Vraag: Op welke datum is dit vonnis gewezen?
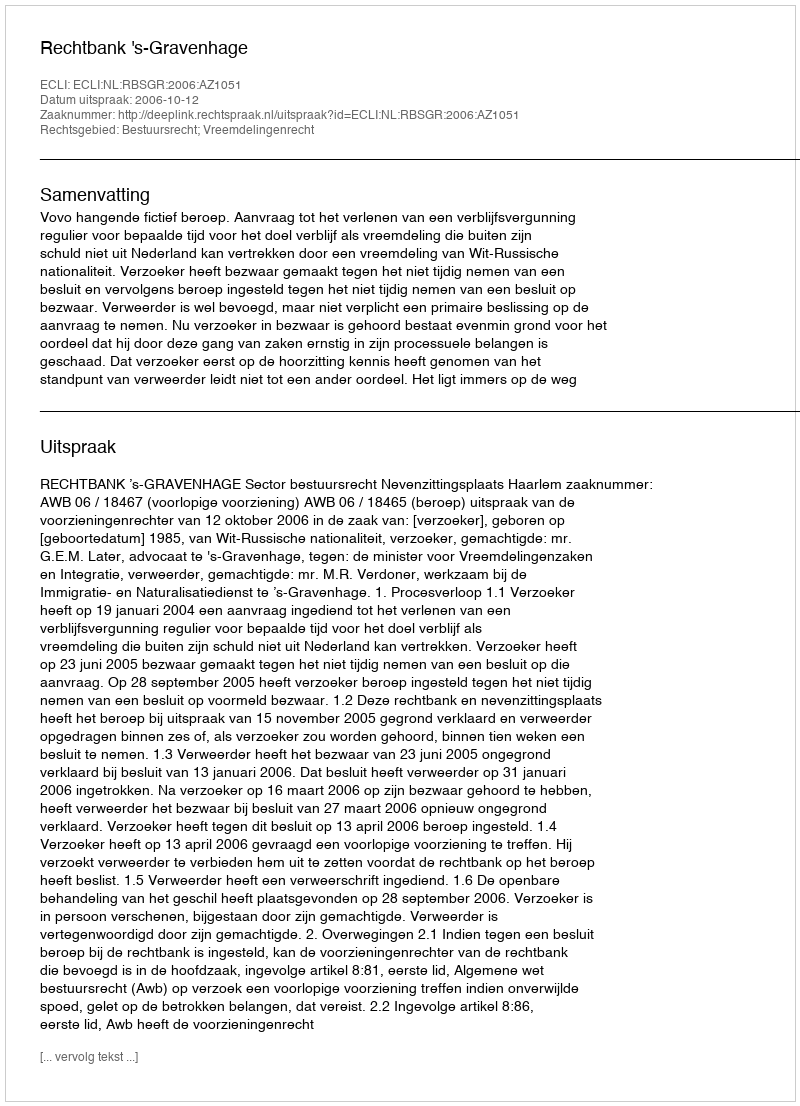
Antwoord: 2006-10-12